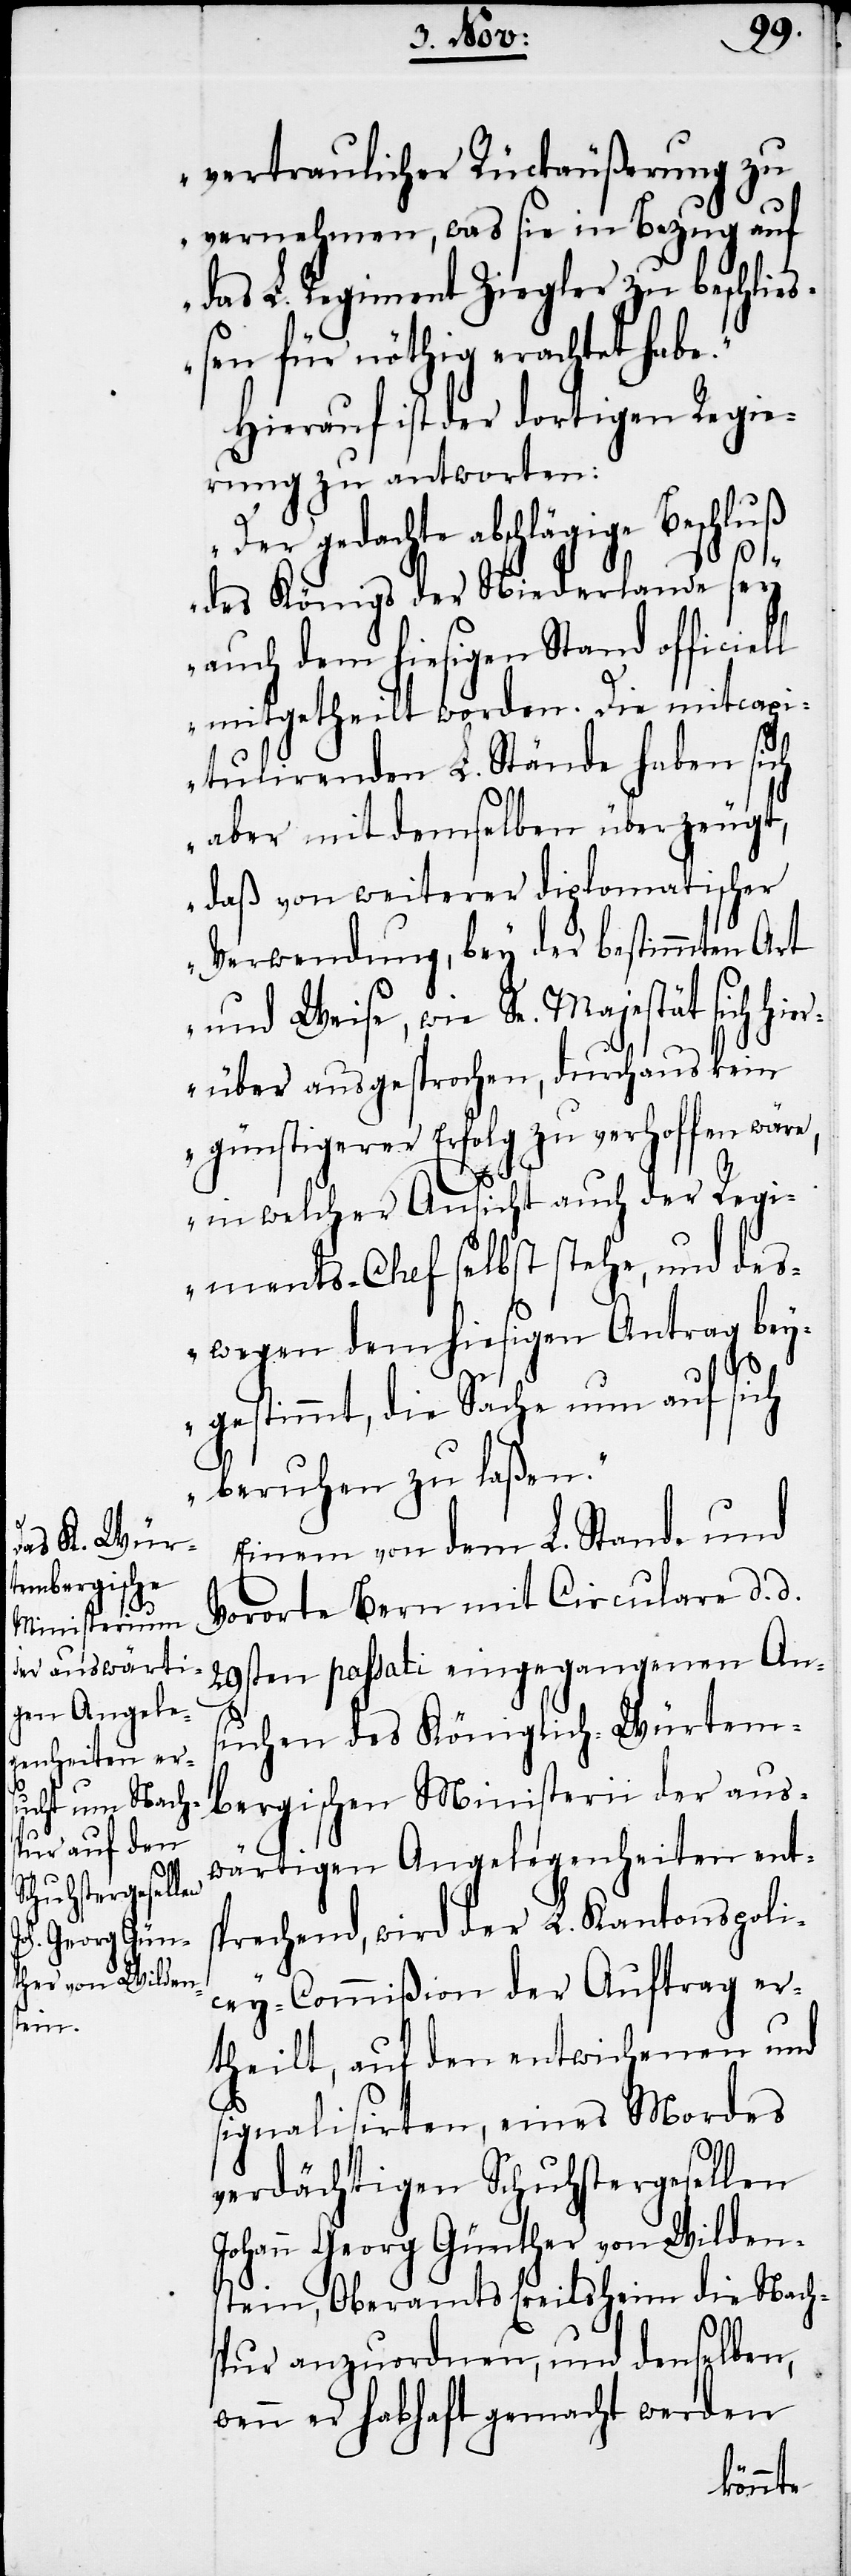
vertraulicher Rückäußerung zu
vernehmen, was sie in Bezug auf
das L. Regiment Ziegler zu beschließ¬
en für nöthig erachtet habe.“
Hierauf ist der dortigen Regie¬
rung zu antworten:
„Der gedachte abschlägige Beschluß
des Königs der Niederlande sey
auch dem hiesigen Stand officiell
mitgetheilt worden. Die mitcap¬
itulirenden L. Stände haben sich
aber mit demselben überzeugt,
daß von weiterer diplomatischer
Verwendung, bey der bestimmten Art
und Weise, wie Se. Majestät sich hi¬
erüber ausgesprochen, durchaus kein
günstigerer Erfolg zu verhoffen wäre,
in welcher Ansicht auch der Regi¬
ments-Chef selbst stehe, und des¬
wegen dem hiesigen Antrag bey¬
gestimmt, die Sache nun auf sich
beruhen zu laßen.“
Einem von dem L. Stande und
Vororte Bern mit Circulare d. d.
29sten passati eingegangenen An¬
suchen des Königlich-Würtem¬
bergischen Ministerii der aus¬
wärtigen Angelegenheiten ents¬
prechend, wird der L. Kantonspoli¬
cey-Commißion der Auftrag er¬
theilt, auf den entwichenen und
signalisirten, eines Mordes
verdächtigen Schuhstergesellen
Johann Georg Günther von Wilden¬
stein, Oberamts Ereilsheim die Nach¬
spur anzuordnen, und denselben,
wenn er habhaft gemacht werden